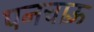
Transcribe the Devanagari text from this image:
पनचाऊँ